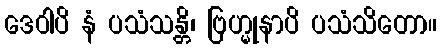
ဒေဝါပိ နံ ပသံသန္တိ၊ ဗြဟ္မုနာပိ ပသံသိတော။